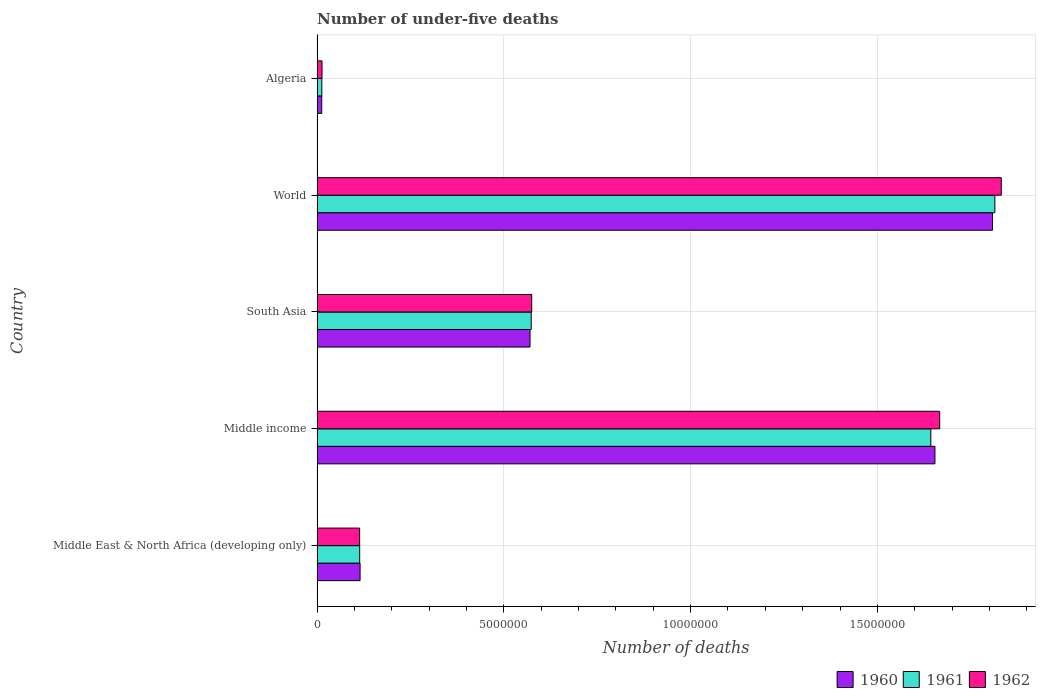
| Country | 1960 | 1961 | 1962 |
 | --- | --- | --- | --- |
 | Middle East & North Africa (developing only) | 1.15e+06 | 1.14e+06 | 1.14e+06 |
 | Middle income | 1.65e+07 | 1.64e+07 | 1.67e+07 |
 | South Asia | 5.7e+06 | 5.73e+06 | 5.75e+06 |
 | World | 1.81e+07 | 1.81e+07 | 1.83e+07 |
 | Algeria | 1.25e+05 | 1.28e+05 | 1.33e+05 |